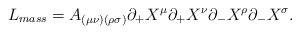
LaTeX: \begin{align*}L_{mass} = A_{(\mu \nu)(\rho \sigma)} \partial _{+} X^{\mu} \partial _{+}X^{\nu} \partial _{-} X^{\rho} \partial _{-} X^{\sigma} . \end{align*}